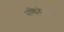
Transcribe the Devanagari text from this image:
पण्डितेमर्ण्डिता